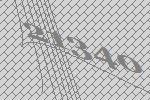
21340